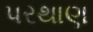
પરથાણ